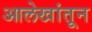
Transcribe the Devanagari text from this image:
आलेखांतून